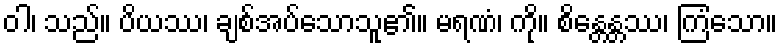
ဝါ၊ သည်။ ပိယဿ၊ ချစ်အပ်သောသူ၏။ မရဏံ၊ ကို။ စိန္တေန္တဿ၊ ကြံသော။